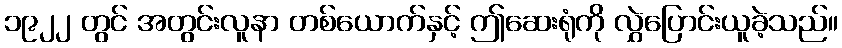
၁၉၂၂ တွင် အတွင်းလူနာ တစ်ယောက်နှင့် ဤဆေးရုံကို လွှဲပြောင်းယူခဲ့သည်။